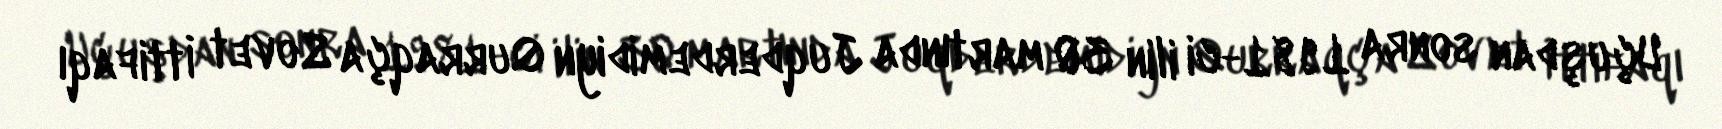
Uçuşdan sonra 1981-ci ilin 30 martında Juqderdemidiyn Qurraqça Sovet İttifaqı